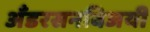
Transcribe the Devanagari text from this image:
अँडरसनविजयी